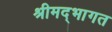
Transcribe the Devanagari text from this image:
श्रीमद्भागत